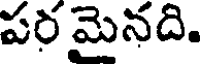
పరమైనది.